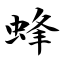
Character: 蜂